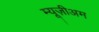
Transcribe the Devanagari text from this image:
म्यूज़ीअम